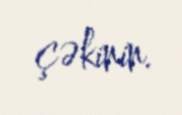
çəkinin.